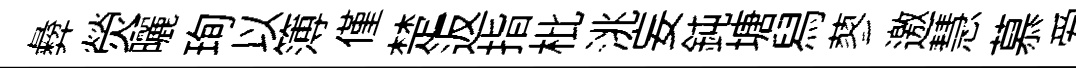
彜熒曬珣以簿僅楚返指枇洮妄鈍塘舄蓼邀慧慕爱